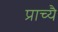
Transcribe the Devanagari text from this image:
प्राच्यै